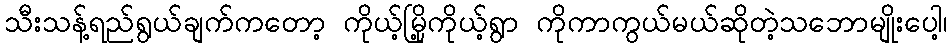
သီးသန့်ရည်ရွယ်ချက်ကတော့ ကိုယ့်မြို့ကိုယ့်ရွာ ကိုကာကွယ်မယ်ဆိုတဲ့သဘောမျိုးပေါ့၊